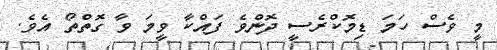
މީ ވެސް ހަމަ ޑިމޮކްރެސީ ދޮންވެ ފައްކާ ވީމަ ވާ ގޮތްތޯ އެވެ.